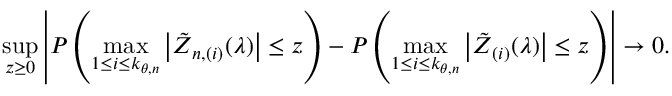
\operatorname* { s u p } _ { z \geq 0 } \left\vert P \left( \operatorname* { m a x } _ { 1 \leq i \leq k _ { \theta , n } } \left\vert \boldsymbol { \tilde { Z } } _ { n , ( i ) } ( \lambda ) \right\vert \leq z \right) - P \left( \operatorname* { m a x } _ { 1 \leq i \leq k _ { \theta , n } } \left\vert \boldsymbol { \tilde { Z } } _ { ( i ) } ( \lambda ) \right\vert \leq z \right) \right\vert \rightarrow 0 .